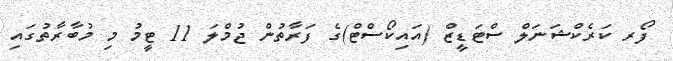
ފޯރ ކަރެކްޝަނަލް ސްޓަޑީޒް (އައިކޯސްޓް)ގެ ފަރާތުން ޖުމްލަ 11 ޓީމު މި މުބާރާތުގައި